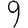
Digit: 9